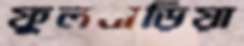
ফুলবাড়িয়া